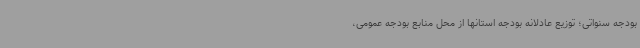
بودجه سنواتی؛ توزیع عادلانه بودجه استانها از محل منابع بودجه عمومی،